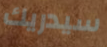
سيدريك